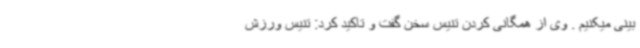
بینی میکنیم . وی از همگانی کردن تنیس سخن گفت و تاکید کرد: تنیس ورزش